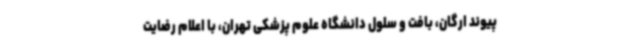
پیوند ارگان، بافت و سلول دانشگاه علوم پزشکی تهران، با اعلام رضایت